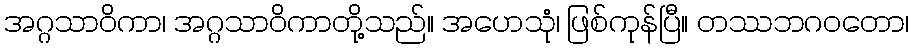
အဂ္ဂသာဝိကာ၊ အဂ္ဂသာဝိကာတို့သည်။ အဟေသုံ၊ ဖြစ်ကုန်ပြီ။ တဿဘဂဝတော၊